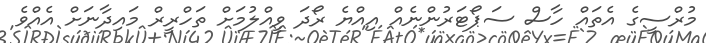
މުރްސީގެ އެތައް ހާސް ސަޕޯޓަރުންނެއް އިއްޔެ ރޯދަ ވީއްލުމަށް ތަހްރީރް މައިދާނަށް އެއްވެ